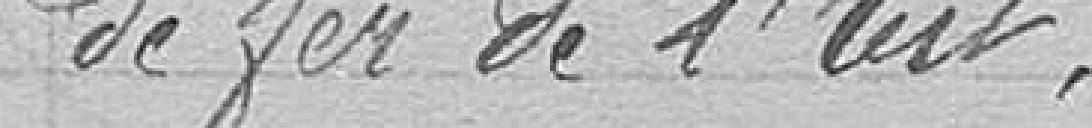
de fer de l'Est.